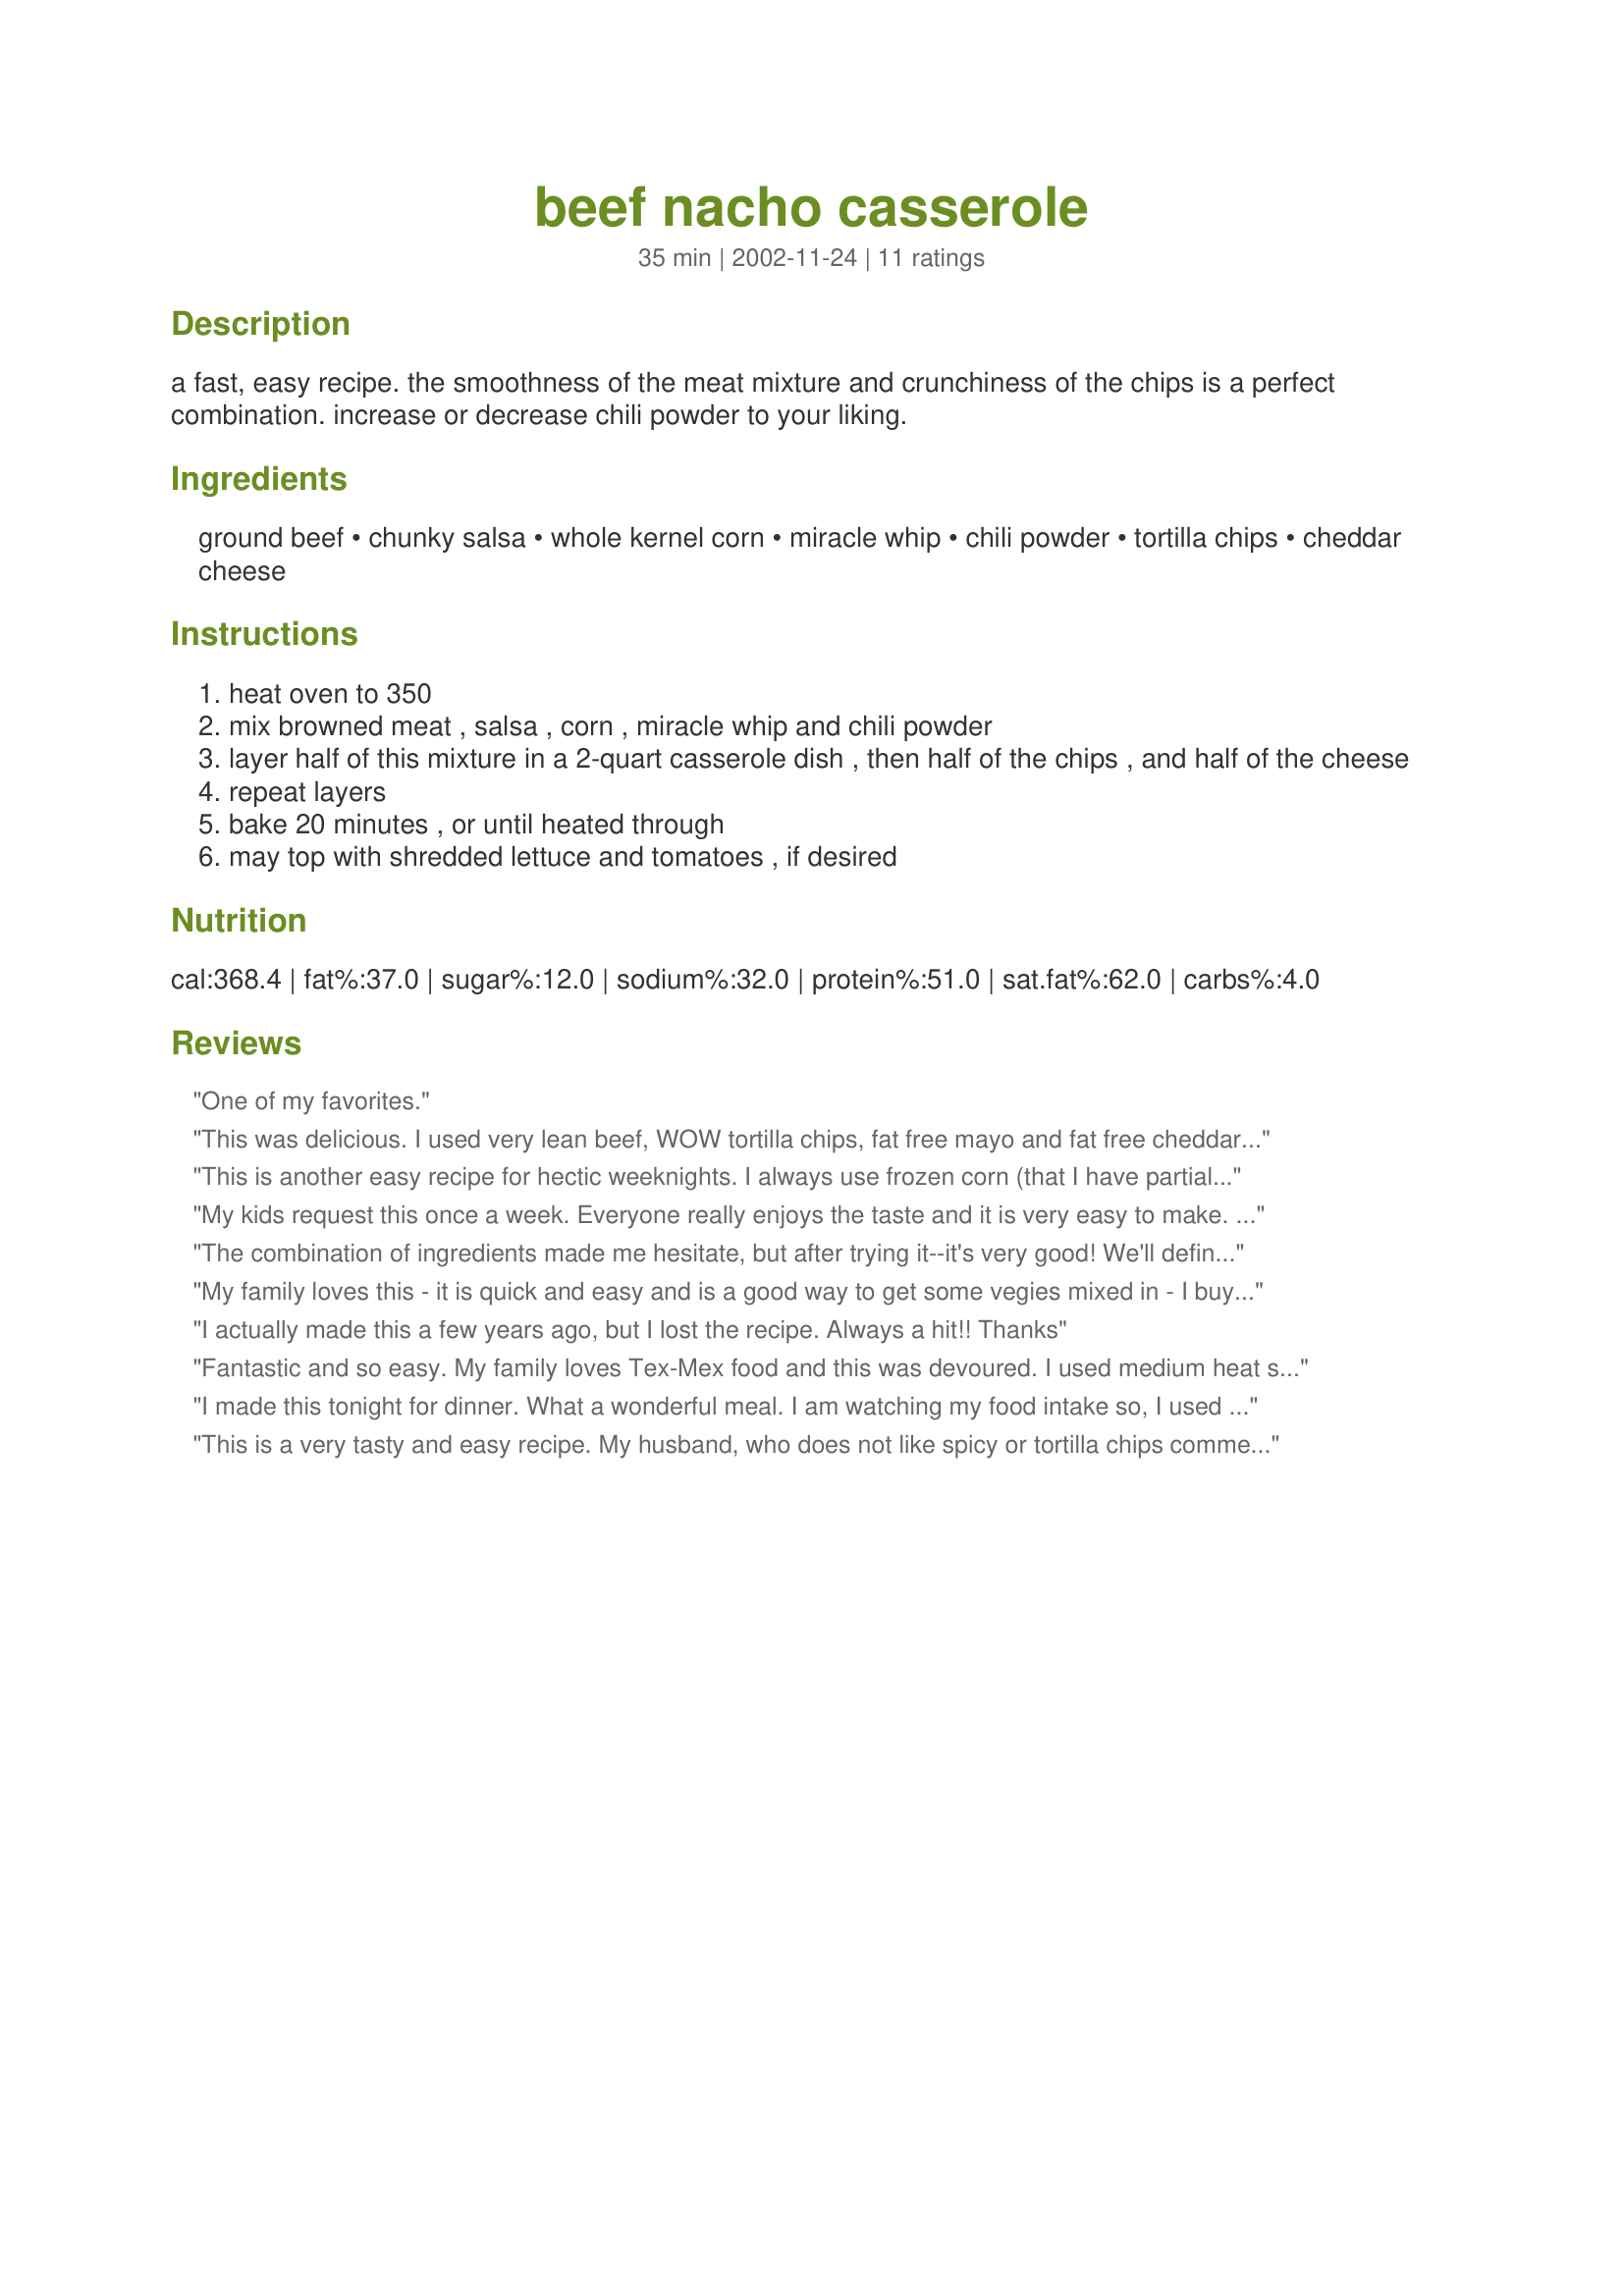
beef nacho casserole
Preparation time: 35 minutes

a fast, easy recipe. the smoothness of the meat mixture and crunchiness of the chips is a perfect combination. increase or decrease chili powder to your liking.

Ingredients:
ground beef, chunky salsa, whole kernel corn, miracle whip, chili powder, tortilla chips, cheddar cheese

Steps:
heat oven to 350
mix browned meat , salsa , corn , miracle whip and chili powder
layer half of this mixture in a 2-quart casserole dish , then half of the chips , and half of the cheese
repeat layers
bake 20 minutes , or until heated through
may top with shredded lettuce and tomatoes , if desired

Reviews:
One of my favorites.
This was delicious. I used very lean beef, WOW tortilla chips, fat free mayo and fat free cheddar cheese to save on calories and fat. I will make this again!
This is another easy recipe for hectic weeknights. I always use frozen corn (that I have partial thawed) rather than the canned. Hubby and I love Tex-Mex. This is quick and satisfying.
My kids request this once a week. Everyone really enjoys the taste and it is very easy to make. We vary the taste with different chips and salsa or we sometimes use mayo instead of Miracle Whip. This is a very versatile recipe that comes in handy when I get home from work and am really too tired to cook! It goes together very quickly!
Thanks for a great recipe
Shawna
The combination of ingredients made me hesitate, but after trying it--it's very good! We'll definitely make this easy and fast dish again.
My family loves this - it is quick and easy and is a good way to get some vegies mixed in - I buy good chunky salsa and the kids get corn and tomatoes and peppers without complaint. I only use 1 Tbsp of chili powder for the kids, but if it were just the grown-ups I would use two. I also add less than a whole can of corn, and top it with shredded lettuce before serving. Thanks Barbie for this one!
I actually made this a few years ago, but I lost the recipe. Always a hit!!
Thanks
Fantastic and so easy. My family loves Tex-Mex food and this was devoured. I used medium heat salsa. The miracle whip gave it a creaminess with tang.I used the full 2 T chile powder and it gave it just the right amount of heat. This will become a regular in our home.
I made this tonight for dinner. What a wonderful meal. I am watching my food intake so, I used ground turkey. Instead of chili poweder, I used a packet of reduced sodium taco seasoning. I used Light Miracle Whip, Light Sargento Mexican blend shredded cheese. I didn't miss anything by using lighter ingredients. Next time I will put the cheese under the meat mixture, light cheese does not melt very well, and with it under the meat mixture inside the casserole, it melted beautifully. I might even add a can of fat free refried beans to the meat mixture. Thank you for sharing this great recipe.
This is a very tasty and easy recipe. My husband, who does not like spicy or tortilla chips commented that it was very good! I only used 1 tblsp. chili powder. I will be making it again for sure. Thanks for the great recipe.
I prepared this recipe for DH and I (halved it) and didn't change a thing. It was great! We both really enjoyed it. I used meduim salsa and 3/4 T chili powder and it was just right for us (spicy enough for DH, not too spicy for me).
